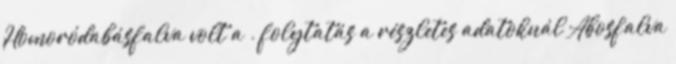
Homoródabásfalva volt a . folytatás a részletes adatoknál Abosfalva